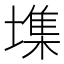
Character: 㙫